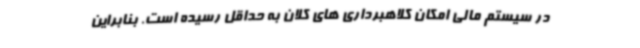
در سیستم مالی امکان کلاهبرداری های کلان به حداقل رسیده است. بنابراین